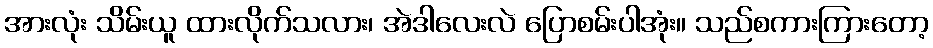
အားလုံး သိမ်းယူ ထားလိုက်သလား၊ အဲဒါလေးလဲ ပြောစမ်းပါအုံး။ သည်စကားကြားတော့